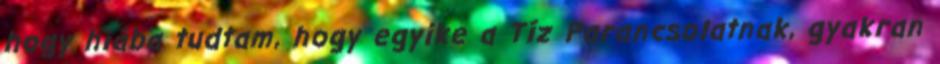
hogy hiába tudtam, hogy egyike a Tíz Parancsolatnak, gyakran